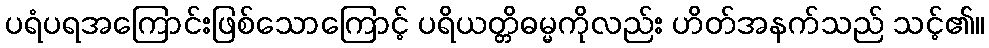
ပရံပရအကြောင်းဖြစ်သောကြောင့် ပရိယတ္တိဓမ္မကိုလည်း ဟိတ်အနက်သည် သင့်၏။